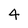
Character: 4